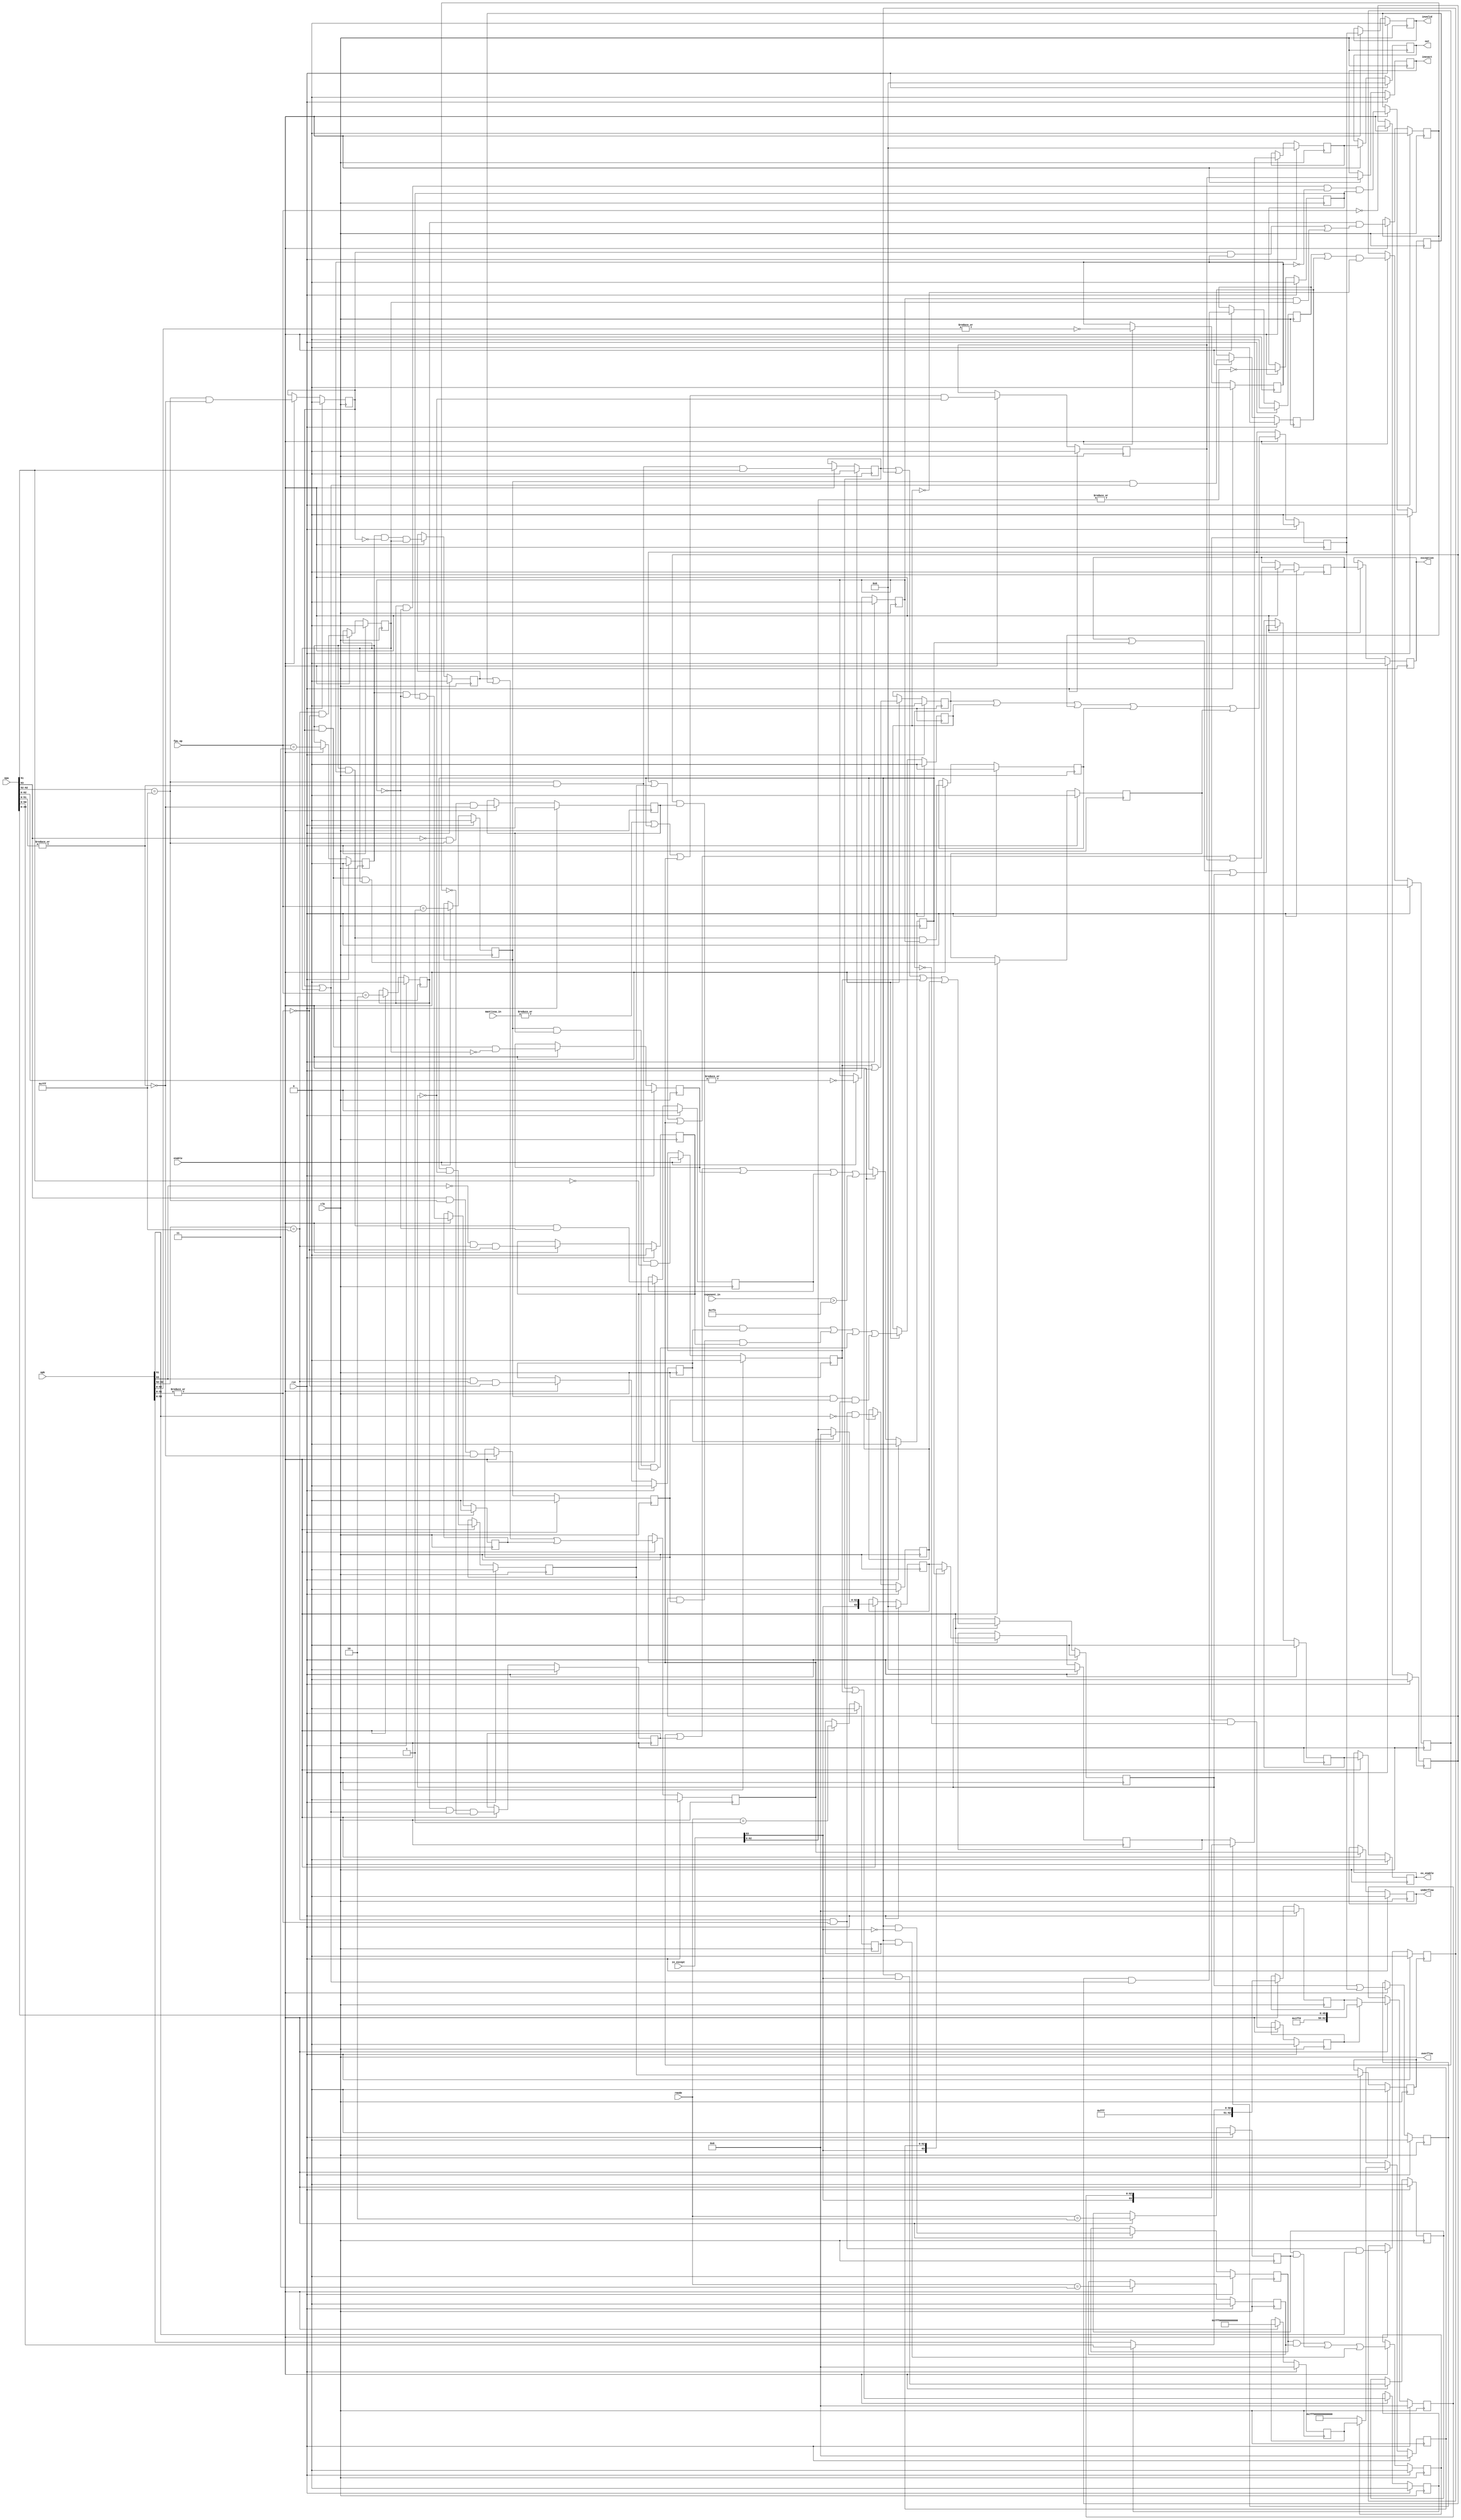
////////////////////////////////////////////////////////////////////
////                                                             ////
////  FPU                                                        ////
////  Floating Point Unit (Double precision)                     ////
////                                                             ////
////          davidklun@gmail.com                                ////
////                                                             ////
/////////////////////////////////////////////////////////////////////
////                                                             ////
//// Copyright (C) 2009 David Lundgren                           ////
////                  davidklun@gmail.com                        ////
////                                                             ////
//// This source file may be used and distributed without        ////
//// restriction provided that this copyright statement is not   ////
//// removed from the file and that any derivative work contains ////
//// the original copyright notice and the associated disclaimer.////
////                                                             ////
////     THIS SOFTWARE IS PROVIDED ``AS IS'' AND WITHOUT ANY     ////
//// EXPRESS OR IMPLIED WARRANTIES, INCLUDING, BUT NOT LIMITED   ////
//// TO, THE IMPLIED WARRANTIES OF MERCHANTABILITY AND FITNESS   ////
//// FOR A PARTICULAR PURPOSE. IN NO EVENT SHALL THE AUTHOR      ////
//// OR CONTRIBUTORS BE LIABLE FOR ANY DIRECT, INDIRECT,         ////
//// INCIDENTAL, SPECIAL, EXEMPLARY, OR CONSEQUENTIAL DAMAGES    ////
//// (INCLUDING, BUT NOT LIMITED TO, PROCUREMENT OF SUBSTITUTE   ////
//// GOODS OR SERVICES; LOSS OF USE, DATA, OR PROFITS; OR        ////
//// BUSINESS INTERRUPTION) HOWEVER CAUSED AND ON ANY THEORY OF  ////
//// LIABILITY, WHETHER IN  CONTRACT, STRICT LIABILITY, OR TORT  ////
//// (INCLUDING NEGLIGENCE OR OTHERWISE) ARISING IN ANY WAY OUT  ////
//// OF THE USE OF THIS SOFTWARE, EVEN IF ADVISED OF THE         ////
//// POSSIBILITY OF SUCH DAMAGE.                                 ////
////                                                             ////
/////////////////////////////////////////////////////////////////////


`timescale 1ns / 100ps

module fpu_exceptions( clk, rst, enable, rmode, opa, opb, in_except,
exponent_in, mantissa_in, fpu_op, out, ex_enable, underflow, overflow, 
inexact, exception, invalid);
input		clk;
input		rst;
input		enable;
input	[1:0]	rmode;
input	[63:0]	opa;
input	[63:0]	opb;
input	[63:0]	in_except;
input	[11:0]	exponent_in;
input	[1:0]	mantissa_in;
input	[2:0]	fpu_op;
output	[63:0]	out;
output		ex_enable;
output		underflow;
output		overflow;
output		inexact;
output		exception;
output		invalid;

reg		[63:0]	out;
reg		ex_enable;
reg		underflow;
reg		overflow;
reg		inexact;
reg		exception;
reg		invalid;

reg		in_et_zero;
reg		opa_et_zero;
reg		opb_et_zero;
reg		input_et_zero;
reg		add;
reg		subtract;
reg		multiply;
reg		divide;
reg		opa_QNaN;
reg		opb_QNaN;
reg		opa_SNaN;
reg		opb_SNaN;
reg		opa_pos_inf;
reg		opb_pos_inf;
reg		opa_neg_inf;
reg		opb_neg_inf;
reg		opa_inf;
reg		opb_inf;
reg		NaN_input;
reg		SNaN_input;
reg		a_NaN;
reg		div_by_0;
reg		div_0_by_0;
reg		div_inf_by_inf;
reg		div_by_inf;
reg		mul_0_by_inf;
reg		mul_inf;
reg		div_inf;
reg		add_inf;
reg		sub_inf;
reg		addsub_inf_invalid;
reg		addsub_inf;
reg		out_inf_trigger;
reg		out_pos_inf;
reg		out_neg_inf;
reg		round_nearest;
reg		round_to_zero;
reg		round_to_pos_inf;
reg		round_to_neg_inf;
reg		inf_round_down_trigger;
reg		mul_uf;
reg		div_uf;								
reg		underflow_trigger;			
reg		invalid_trigger;
reg		overflow_trigger;
reg		inexact_trigger;
reg	 	except_trigger;
reg		enable_trigger;
reg		NaN_out_trigger;
reg		SNaN_trigger;


wire	[10:0]  exp_2047 = 11'b11111111111;
wire	[10:0]  exp_2046 = 11'b11111111110;
reg		[62:0] NaN_output_0; 
reg		[62:0] NaN_output; 
wire	[51:0]  mantissa_max = 52'b1111111111111111111111111111111111111111111111111111;
reg		[62:0]	inf_round_down;
reg		[62:0]	out_inf;
reg		[63:0]	out_0;
reg		[63:0]	out_1;
reg		[63:0]	out_2;

always @(posedge clk)
begin
	if (rst) begin
		in_et_zero <=    0;
		opa_et_zero <=   0;
		opb_et_zero <=   0;
		input_et_zero <= 0;
		add 	<= 	0;
		subtract <= 0;
		multiply <= 0;
		divide 	<= 	0;
		opa_QNaN <= 0;
		opb_QNaN <= 0;
		opa_SNaN <= 0;
		opb_SNaN <= 0;
		opa_pos_inf <= 0;
		opb_pos_inf <= 0;
		opa_neg_inf <= 0;
		opb_neg_inf <= 0; 
		opa_inf <= 0;
		opb_inf <= 0;
		NaN_input <= 0; 
		SNaN_input <= 0;
		a_NaN <= 0;
		div_by_0 <= 0;
		div_0_by_0 <= 0;
		div_inf_by_inf <= 0;
		div_by_inf <= 0;
		mul_0_by_inf <= 0;
		mul_inf <= 0;
		div_inf <= 0;
		add_inf <= 0;
		sub_inf <= 0;
		addsub_inf_invalid <= 0;
		addsub_inf <= 0;
		out_inf_trigger <= 0;
		out_pos_inf <= 0;
		out_neg_inf <= 0;
		round_nearest <= 0;
		round_to_zero <= 0;
		round_to_pos_inf <= 0;
		round_to_neg_inf <= 0;
		inf_round_down_trigger <= 0;
		mul_uf <= 0;
		div_uf <= 0;															
		underflow_trigger <= 0;		
		invalid_trigger <= 0;
		overflow_trigger <= 0;
		inexact_trigger <= 0;
		except_trigger <= 0;
		enable_trigger <= 0;
		NaN_out_trigger <= 0;
		SNaN_trigger <= 0;
		NaN_output_0 <= 0;
		NaN_output <= 0;
		inf_round_down <= 0;
		out_inf <= 0;
		out_0 <= 0;
		out_1 <= 0;
		out_2 <= 0;
		end
	else if (enable) begin
		in_et_zero <= !(|in_except[62:0]);
		opa_et_zero <= !(|opa[62:0]);
		opb_et_zero <= !(|opb[62:0]);
		input_et_zero <= !(|in_except[62:0]);	
		add 	<= 	fpu_op == 3'b000;
		subtract <= 	fpu_op == 3'b001;
		multiply <= 	fpu_op == 3'b010;
		divide 	<= 	fpu_op == 3'b011;
		opa_QNaN <= (opa[62:52] == 2047) & |opa[51:0] & opa[51];
		opb_QNaN <= (opb[62:52] == 2047) & |opb[51:0] & opb[51];
		opa_SNaN <= (opa[62:52] == 2047) & |opa[51:0] & !opa[51];
		opb_SNaN <= (opb[62:52] == 2047) & |opb[51:0] & !opb[51];
		opa_pos_inf <= !opa[63] & (opa[62:52] == 2047) & !(|opa[51:0]);
		opb_pos_inf <= !opb[63] & (opb[62:52] == 2047) & !(|opb[51:0]);
		opa_neg_inf <= opa[63] & (opa[62:52] == 2047) & !(|opa[51:0]);
		opb_neg_inf <= opb[63] & (opb[62:52] == 2047) & !(|opb[51:0]);
		opa_inf <= (opa[62:52] == 2047) & !(|opa[51:0]);
		opb_inf <= (opb[62:52] == 2047) & !(|opb[51:0]);
		NaN_input <= opa_QNaN | opb_QNaN | opa_SNaN | opb_SNaN;
		SNaN_input <= opa_SNaN | opb_SNaN;
		a_NaN <= opa_QNaN | opa_SNaN;
		div_by_0 <= divide & opb_et_zero & !opa_et_zero;
		div_0_by_0 <= divide & opb_et_zero & opa_et_zero;
		div_inf_by_inf <= divide & opa_inf & opb_inf;
		div_by_inf <= divide & !opa_inf & opb_inf;
		mul_0_by_inf <= multiply & ((opa_inf & opb_et_zero) | (opa_et_zero & opb_inf));
		mul_inf <= multiply & (opa_inf | opb_inf) & !mul_0_by_inf;
		div_inf <= divide & opa_inf & !opb_inf;
		add_inf <= (add & (opa_inf | opb_inf));
		sub_inf <= (subtract & (opa_inf | opb_inf));
		addsub_inf_invalid <= (add & opa_pos_inf & opb_neg_inf) | (add & opa_neg_inf & opb_pos_inf) | 
					(subtract & opa_pos_inf & opb_pos_inf) | (subtract & opa_neg_inf & opb_neg_inf);
		addsub_inf <= (add_inf | sub_inf) & !addsub_inf_invalid;
		out_inf_trigger <= addsub_inf | mul_inf | div_inf | div_by_0 | (exponent_in > 2046);
		out_pos_inf <= out_inf_trigger & !in_except[63];
		out_neg_inf <= out_inf_trigger & in_except[63];
		round_nearest <= (rmode == 2'b00);
		round_to_zero <= (rmode == 2'b01);
		round_to_pos_inf <= (rmode == 2'b10);
		round_to_neg_inf <= (rmode == 2'b11);
		inf_round_down_trigger <= (out_pos_inf & round_to_neg_inf) | 
								(out_neg_inf & round_to_pos_inf) |
								(out_inf_trigger & round_to_zero);
		mul_uf <= multiply & !opa_et_zero & !opb_et_zero & in_et_zero;
		div_uf <= divide & !opa_et_zero & in_et_zero;																
		underflow_trigger <= div_by_inf | mul_uf | div_uf;								
		invalid_trigger <= SNaN_input | addsub_inf_invalid | mul_0_by_inf |
						div_0_by_0 | div_inf_by_inf;
		overflow_trigger <= out_inf_trigger & !NaN_input;
		inexact_trigger <= (|mantissa_in[1:0] | out_inf_trigger | underflow_trigger) &
						!NaN_input;
		except_trigger <= invalid_trigger | overflow_trigger | underflow_trigger |
						inexact_trigger;
		enable_trigger <= except_trigger | out_inf_trigger | NaN_input;	
		NaN_out_trigger <= NaN_input | invalid_trigger;
		SNaN_trigger <= invalid_trigger & !SNaN_input;
		NaN_output_0 <= a_NaN ? { exp_2047, 1'b1, opa[50:0]} : { exp_2047, 1'b1, opb[50:0]};
		NaN_output <= SNaN_trigger ? { exp_2047, 2'b01, opa[49:0]} : NaN_output_0;
		inf_round_down <= { exp_2046, mantissa_max };
		out_inf <= inf_round_down_trigger ? inf_round_down : { exp_2047, 52'b0 };
		out_0 <= underflow_trigger ? { in_except[63], 63'b0 } : in_except;
		out_1 <= out_inf_trigger ? { in_except[63], out_inf } : out_0;
		out_2 <= NaN_out_trigger ? { in_except[63], NaN_output} : out_1;
		end
end 

always @(posedge clk)
begin
	if (rst) begin
		ex_enable <= 0;
		underflow <= 0;
		overflow <= 0;	   
		inexact <= 0;
		exception <= 0;
		invalid <= 0;
		out <= 0;
		end
	else if (enable) begin
		ex_enable <= enable_trigger;
		underflow <= underflow_trigger;
		overflow <= overflow_trigger;	   
		inexact <= inexact_trigger;
		exception <= except_trigger;
		invalid <= invalid_trigger;
		out <= out_2;
		end
end 
    
endmodule